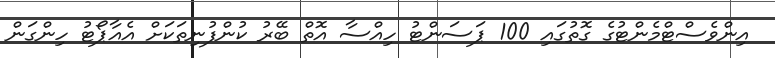
އިންވެސްޓްމެންޓުގެ ގޮތުގައި 100 ޕަސަންޓު ހިއްސާ އޮތް ބޭރު ކުންފުނިތަކަށް އެއާޕޯޓު ހިންގަން